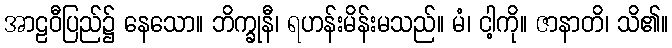
အာဠဝီပြည်၌ နေသော။ ဘိက္ခုနီ၊ ရဟန်းမိန်းမသည်။ မံ၊ ငါ့ကို။ ဇာနာတိ၊ သိ၏။